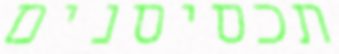
תכסיסנים